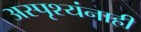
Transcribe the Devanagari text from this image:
अस्पृश्यंनाही